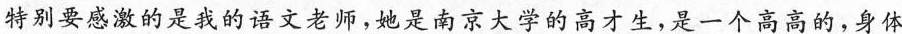
特别要感激的是我的语文老师，她是南京大学的高才生，是一个高高的，身体